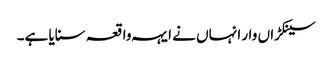
سینکڑاں وار انہاں نے ایہہ واقعہ سنایا ہے۔